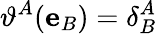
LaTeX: \vartheta^{A}(\mathbf{e}_{B})=\delta_{B}^{A}